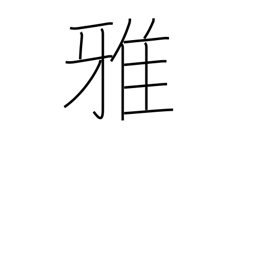
Meaning: elegant